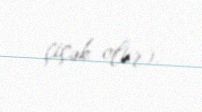
çiçək olur).